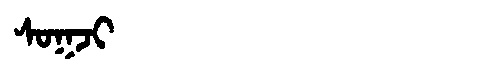
Manchu: ᠰᠣᡴᠵᡳ
Romanization: SOKJI